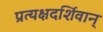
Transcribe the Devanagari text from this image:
प्रत्यक्षदर्शिवान्